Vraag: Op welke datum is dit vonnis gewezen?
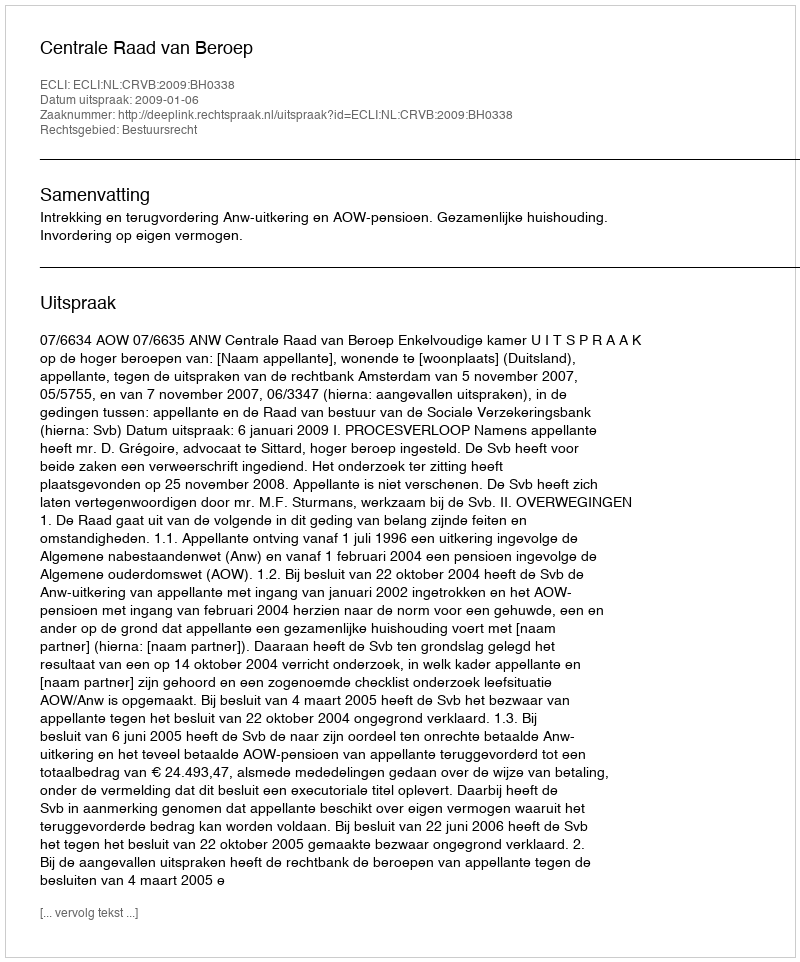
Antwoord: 2009-01-06